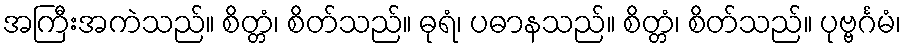
အကြီးအကဲသည်။ စိတ္တံ၊ စိတ်သည်။ ဓုရံ၊ ပဓာနသည်။ စိတ္တံ၊ စိတ်သည်။ ပုဗ္ဗင်္ဂမံ၊